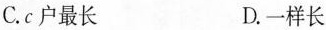
C.c户最长 D.一样长